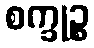
စက္ခုဉ္စ